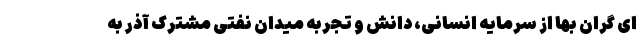
ای گران بها از سرمایه انسانی، دانش و تجربه میدان نفتی مشترک آذر به